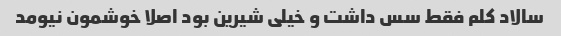
سالاد کلم فقط سس داشت و خیلی شیرین بود اصلا خوشمون نیومد